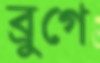
ব্রুগে